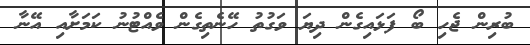
ބުރިން ޖެހި ބޯ ފަޅައިގެން ދިޔަ ވަގުތު ހޭނެތިގެން ވެއްޓުނު ކަމަށާއި އޭނާ